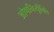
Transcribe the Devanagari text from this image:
ओषनिर्युक्ति